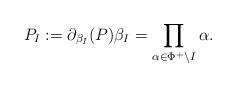
LaTeX: \begin{align*} P_I:=\partial_{\beta_I}(P)\beta_I=\prod_{\alpha\in\Phi^+\backslash I}\alpha.\end{align*}